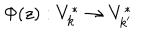
LaTeX: \Phi ( z ) : V _ { k } ^ { * } \rightarrow V _ { k ^ { \prime } } ^ { * }